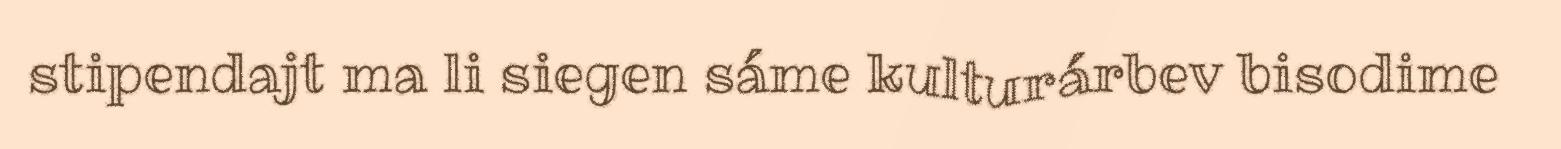
stipendajt ma li siegen sáme kulturárbev bisodime